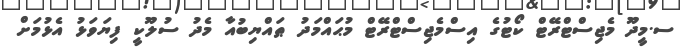
ސ.މީދޫ މެޖިސްޓްރޭޓް ކޯޓުގެ އިސްމެޖިސްޓްރޭޓް މުޙައްމަދު ޠައްޔިބުއާ މެދު ސުލޫކީ ފިޔަވަޅު އެޅުމަށް